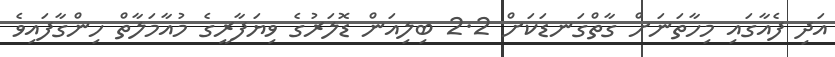
އަދި ފެއާގައި މިހާތަނަށް ގާތްގަނޑަކަށް 2.2 ބިލިއަން ޑޮލަރުގެ ވިޔަފާރީގެ މުއާމަލާތް ހިންގާފައިވެ